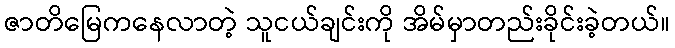
ဇာတိမြေကနေလာတဲ့ သူငယ်ချင်းကို အိမ်မှာတည်းခိုင်းခဲ့တယ်။